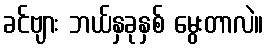
ခင်ဗျား ဘယ်နှခုနှစ် မွေးတာလဲ။